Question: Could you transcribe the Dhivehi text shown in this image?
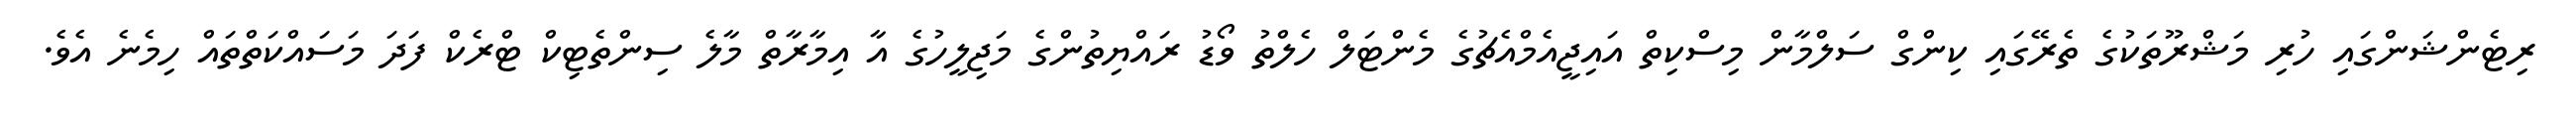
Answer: ރިޓެންޝަންގައި ހުރި މަޝްރޫތަކުގެ ތެރޭގައި ކިންގް ސަލްމާން މިސްކިތް އައިޖީއެމްއެޗުގެ މެންޓަލް ހެލްތު ވޯޑު ރައްޔިތުންގެ މަޖިލީހުގެ އާ އިމާރާތް މާލެ ސިންތެޓިކް ޓްރެކް ފަދަ މަސައްކަތްތައް ހިމެނެ އެވެ.